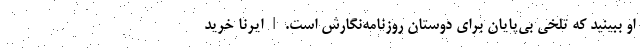
او ببینید که تلخی بی‌پایان برای دوستان روزنامه‌نگارش است.|ایرنا خرید